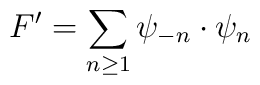
F' = \sum_{n \geq 1} \psi_{-n} \cdot \psi_{n}